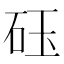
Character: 砡